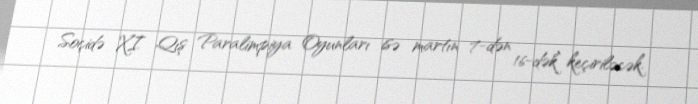
Soçidə XI Qış Paralimpiya Oyunları isə martın 7-dən 16-dək keçiriləcək.